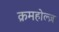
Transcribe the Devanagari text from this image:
क्रमहोल्ज़